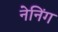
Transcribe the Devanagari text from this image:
नेनिंग